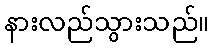
နားလည်သွားသည်။